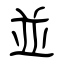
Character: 並